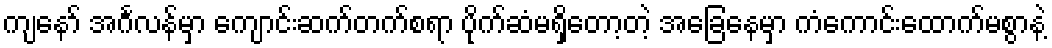
ကျနော် အင်္ဂလန်မှာ ကျောင်းဆက်တက်စရာ ပိုက်ဆံမရှိတော့တဲ့ အခြေနေမှာ ကံကောင်းထောက်မစွာနဲ့